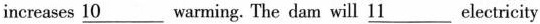
increases \underline{10} warming. The dam will \underline{11} electricity